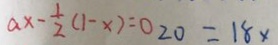
a x - \frac { 1 } { 2 } ( 1 - x ) = 0 2 0 = 1 8 \times